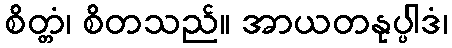
စိတ္တံ၊ စိတသည်။ အာယတနုပ္ပါဒံ၊